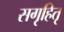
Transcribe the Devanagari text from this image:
सगृहितृ